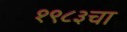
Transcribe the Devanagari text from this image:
१९८३चा